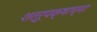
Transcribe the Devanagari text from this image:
शत्रूपक्षाच्या